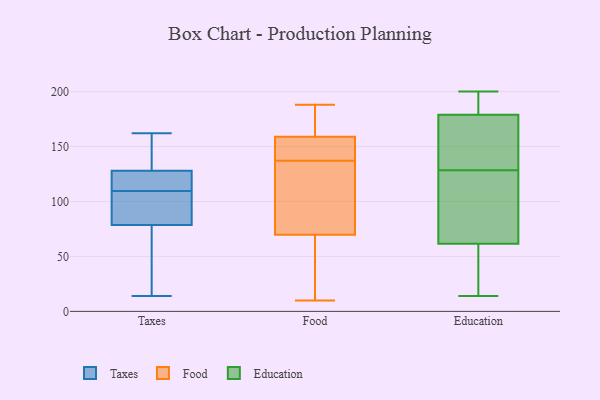
{"axis": {"x": "Conversion Rate (%)", "y": "Value"}, "legend": ["Education", "Food", "Taxes"], "data": [{"x": "", "y": 91, "type": "Taxes"}, {"x": "", "y": 14, "type": "Taxes"}, {"x": "", "y": 71, "type": "Taxes"}, {"x": "", "y": 119, "type": "Taxes"}, {"x": "", "y": 126, "type": "Taxes"}, {"x": "", "y": 87, "type": "Taxes"}, {"x": "", "y": 130, "type": "Taxes"}, {"x": "", "y": 159, "type": "Taxes"}, {"x": "", "y": 25, "type": "Taxes"}, {"x": "", "y": 48, "type": "Taxes"}, {"x": "", "y": 86, "type": "Taxes"}, {"x": "", "y": 117, "type": "Taxes"}, {"x": "", "y": 162, "type": "Taxes"}, {"x": "", "y": 102, "type": "Taxes"}, {"x": "", "y": 152, "type": "Taxes"}, {"x": "", "y": 122, "type": "Taxes"}, {"x": "", "y": 70, "type": "Food"}, {"x": "", "y": 163, "type": "Food"}, {"x": "", "y": 188, "type": "Food"}, {"x": "", "y": 137, "type": "Food"}, {"x": "", "y": 153, "type": "Food"}, {"x": "", "y": 159, "type": "Food"}, {"x": "", "y": 82, "type": "Food"}, {"x": "", "y": 139, "type": "Food"}, {"x": "", "y": 170, "type": "Food"}, {"x": "", "y": 69, "type": "Food"}, {"x": "", "y": 124, "type": "Food"}, {"x": "", "y": 21, "type": "Food"}, {"x": "", "y": 159, "type": "Food"}, {"x": "", "y": 76, "type": "Food"}, {"x": "", "y": 146, "type": "Food"}, {"x": "", "y": 31, "type": "Food"}, {"x": "", "y": 10, "type": "Food"}, {"x": "", "y": 200, "type": "Education"}, {"x": "", "y": 180, "type": "Education"}, {"x": "", "y": 49, "type": "Education"}, {"x": "", "y": 190, "type": "Education"}, {"x": "", "y": 63, "type": "Education"}, {"x": "", "y": 97, "type": "Education"}, {"x": "", "y": 125, "type": "Education"}, {"x": "", "y": 175, "type": "Education"}, {"x": "", "y": 158, "type": "Education"}, {"x": "", "y": 14, "type": "Education"}, {"x": "", "y": 73, "type": "Education"}, {"x": "", "y": 41, "type": "Education"}, {"x": "", "y": 32, "type": "Education"}, {"x": "", "y": 188, "type": "Education"}, {"x": "", "y": 132, "type": "Education"}, {"x": "", "y": 178, "type": "Education"}, {"x": "", "y": 155, "type": "Education"}, {"x": "", "y": 69, "type": "Education"}, {"x": "", "y": 190, "type": "Education"}, {"x": "", "y": 60, "type": "Education"}]}